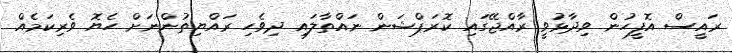
ރައީސް އޮފީހުން ވިދާޅުވީ ރާއްޖޭގައި ކޮރަޕްޝަން ނައްތާލައި ދިވެހި ރައްޔިތުންނަށް ހެޔޮ ވެރިކަމެއް